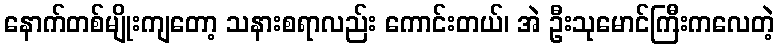
နောက်တစ်မျိုးကျတော့ သနားစရာလည်း ကောင်းတယ်၊ အဲ ဦးသုမောင်ကြီးကလေတဲ့